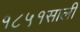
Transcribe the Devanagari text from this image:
१८५१साली